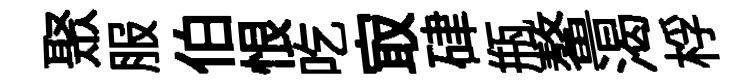
聚服伯恨吃㝡硉瓶鳌渴桴